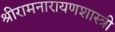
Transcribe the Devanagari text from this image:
श्रीरामनारायणशास्त्री